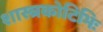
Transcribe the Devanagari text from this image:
शास्त्रकोटिभिः